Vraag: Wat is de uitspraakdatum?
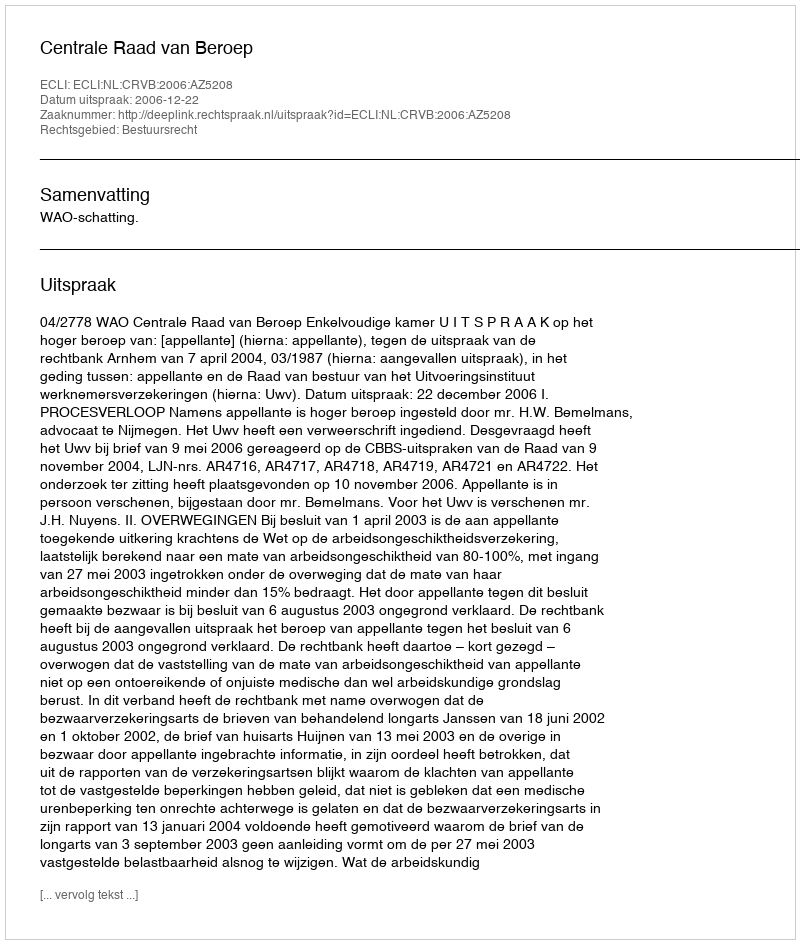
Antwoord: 2006-12-22